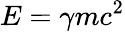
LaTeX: E=\gamma mc^{2}